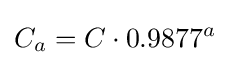
C_{a}=C\cdot 0.9877^{a}